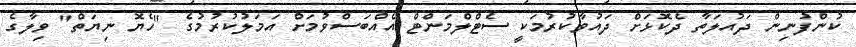
ކުންފުނިން ދައުލަތާ ދެކޮޅަށް ދައުވާކުރުމަކީ ސެޓްލްމަންޓް އެއްބަސްވުމަށް އަމަލުކުރުމުގެ "ހެޔޮ ނިޔަތް" ވިލާގެ